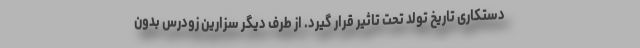
دستکاری تاریخ تولد تحت تاثیر قرار گیرد. از طرف دیگر سزارین زودرس بدون